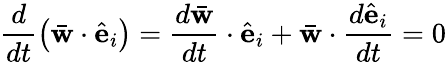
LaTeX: \frac{d}{dt}\left(\bar{\mathbf w}\cdot\hat{\mathbf e}_{i}\right)=\frac{d\bar{\mathbf w}}{dt}\cdot\hat{\mathbf e}_{i}+\bar{\mathbf w}\cdot\frac{d\hat{\mathbf e}_{i}}{dt}=0